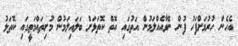
އެހެން ހުރުމަށްފަހު ފުން ނޭވާއެއްލަމުން އަތުގައި އޮތް ކޮތަޅަށް ބަލައިލަމުން މުށިތައްމަތީގައި ކޮތަޅު